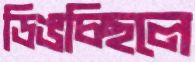
ডিঙচ্ছিলে